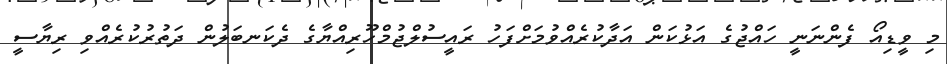
މި ވީޑިއޯ ފެންނަނީ ހައްޖުގެ އަޅުކަން އަދާކުރެއްވުމަށްފަހު ރައީސުލްޖުމްހޫރިއްޔާގެ ދެކަނބަލުން ދަތުރުކުރެއްވި ރިޔާސީ